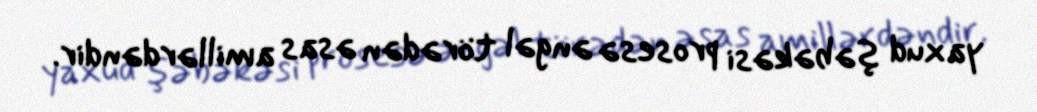
yaxud şəbəkəsi prosesə əngəl törədən əsas amillərdəndir.